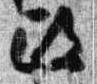
政